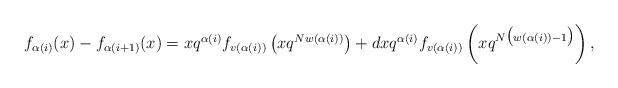
LaTeX: \begin{align*}f_{\alpha(i)}(x) - f_{\alpha(i+1)}(x)= xq^{\alpha(i)} f_{v(\alpha(i))}\left(xq^{Nw(\alpha(i))}\right) + dxq^{\alpha(i)} f_{v(\alpha(i))}\left(xq^{N\big(w(\alpha(i))-1 \big)}\right),\end{align*}